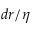
d r / \eta